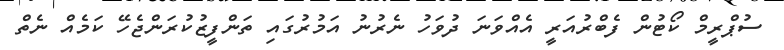
ސުޕްރީމް ކޯޓުން ފެބްރުއަރީ އެއްވަނަ ދުވަހު ނެރުނު އަމުރުގައި ތަންފީޒުކުރަންޖެހޭ ކަމެއް ނެތް